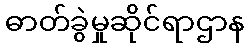
ဓာတ်ခွဲမှုဆိုင်ရာဌာန